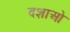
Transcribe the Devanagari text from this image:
दशाओ